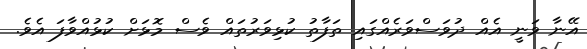
އޭނާ ވަނީ އެއް ދުވަސްވަރެއްގައި ތަފާތު ކުޅިވަރުތައް ވެސް މޮޅަށް ކުޅުއްވާފަ އެވެ.